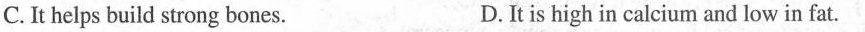
C.I t helps build strong bones.D.It is high in calcium and low in fat.